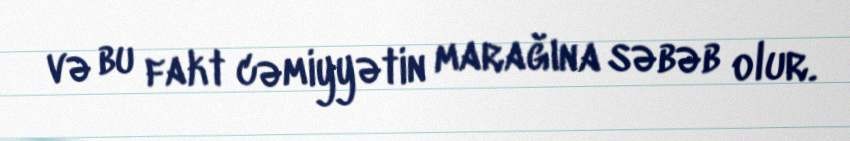
və bu fakt cəmiyyətin marağına səbəb olur.